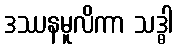
ဒဿနမူလိကာ သဒ္ဓါ